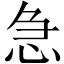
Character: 急